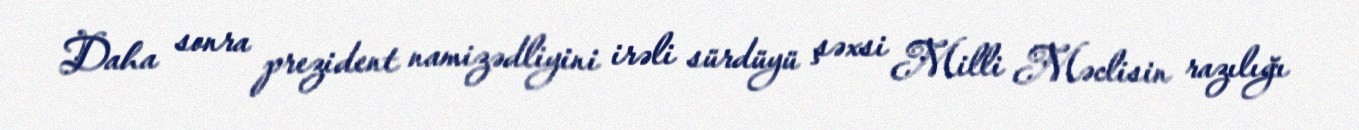
Daha sonra prezident namizədliyini irəli sürdüyü şəxsi Milli Məclisin razılığı